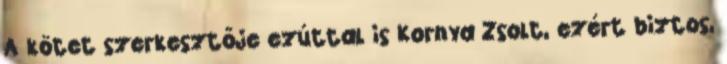
A kötet szerkesztője ezúttal is Kornya Zsolt, ezért biztos,